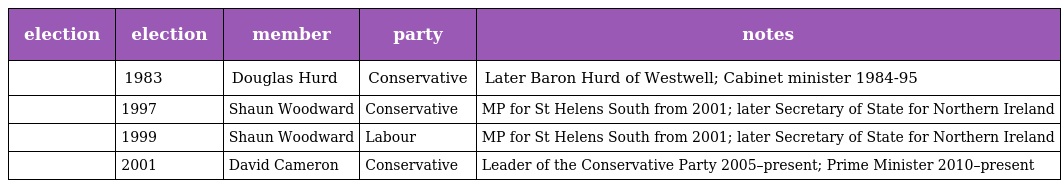
| election | election | member | party | notes |
 | --- | --- | --- | --- | --- |
 |  | 1983 | Douglas Hurd | Conservative | Later Baron Hurd of Westwell; Cabinet minister 1984-95 |
 |  | 1997 | Shaun Woodward | Conservative | MP for St Helens South from 2001; later Secretary of State for Northern Ireland |
 |  | 1999 | Shaun Woodward | Labour | MP for St Helens South from 2001; later Secretary of State for Northern Ireland |
 |  | 2001 | David Cameron | Conservative | Leader of the Conservative Party 2005–present; Prime Minister 2010–present |